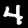
Digit: 4